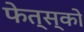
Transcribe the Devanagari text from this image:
फेत्स्को